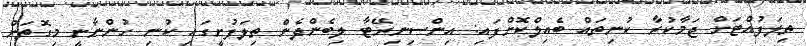
ތިލަފުއްޓަށް ޖަމާކުރާ ކުނިތައް ބެއިލްކޮށްފައި: އިންސިނިރޭޓާ ލިބެންދެން ތިލަފުށީގައި ކުނި ހުންނާނީ މިގޮތަށް